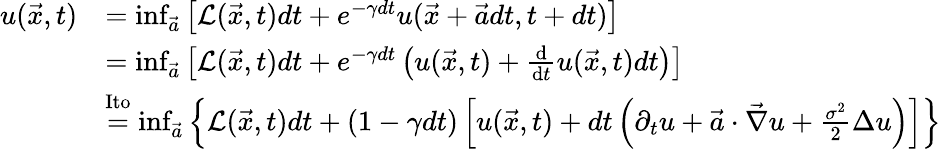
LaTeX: \begin{array}{rl}{u(\vec{x},t)}&{=\operatorname*{inf}_{\vec{a}}\left[\mathcal{L}(\vec{x},t)dt+e^{-\gamma dt}u(\vec{x}+\vec{a}dt,t+dt)\right]}\\ &{=\operatorname*{inf}_{\vec{a}}\left[\mathcal{L}(\vec{x},t)dt+e^{-\gamma dt}\left(u(\vec{x},t)+\frac{\mathrm{d}}{\mathrm{d}t}u(\vec{x},t)dt\right)\right]}\\ &{\overset{\mathrm{Ito}}{=}\operatorname*{inf}_{\vec{a}}\left\{ \mathcal{L}(\vec{x},t)dt+(1-\gamma dt)\left[u(\vec{x},t)+dt\left(\partial_{t}u+\vec{a}\cdot\vec{\nabla}{u}+\frac{\sigma^{2}}{2}\Delta{u}\right)\right]\right\} }\end{array}